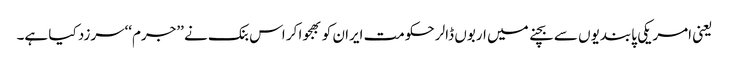
یعنی امریکی پابندیوں سے بچنے میں اربوں ڈالر حکومت ایران کو بھجوا کر اس بنک نے ’’جرم‘‘سرزد کیا ہے۔